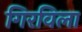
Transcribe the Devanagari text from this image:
गिरविला